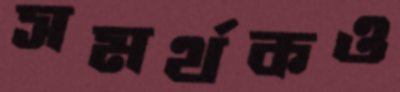
সমর্থকও